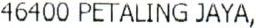
46400 PETALING JAYA,